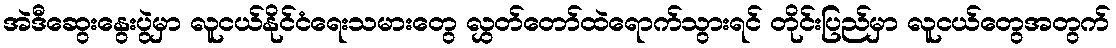
အဲဒီဆွေးနွေးပွဲမှာ လူငယ်နိုင်ငံရေးသမားတွေ လွှတ်တော်ထဲရောက်သွားရင် တိုင်းပြည်မှာ လူငယ်တွေအတွက်